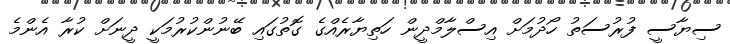
ސިޔާސީ ފުރުސަތު ހޯދުމަށް އިސްލާމްދީން ހަތިޔާރެއްގެ ގޮތުގައި ބޭނުންކުރުމަކީ ދީނަށް ކުރާ އެންމެ